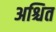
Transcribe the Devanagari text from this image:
अश्चित